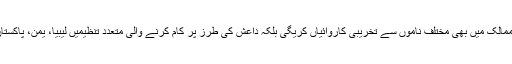
اب خدشہ پیدا ہوگیا ہے کہ داعش دیگر ممالک میں بھی مختلف ناموں سے تخریبی کاروائیاں کریگی بلکہ داعش کی طرز پر کام کرنے والی متعدد تنظیمیں لیبیا، یمن، پاکستان اور افغانستان میں متعارف ہورہی ہیں۔